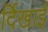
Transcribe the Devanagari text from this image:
र्दिखाई